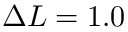
\Delta L = 1 . 0